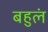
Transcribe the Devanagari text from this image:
बहुलं